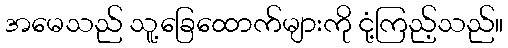
အမေသည် သူ့ခြေထောက်များကို ငုံ့ကြည့်သည်။